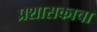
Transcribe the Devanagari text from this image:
प्रशासकाचा